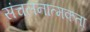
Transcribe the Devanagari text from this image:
संचलनात्मकता